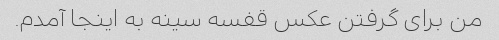
من برای گرفتن عکس قفسه سینه به اینجا آمدم.